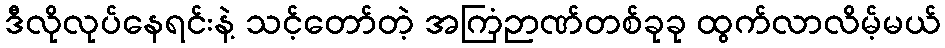
ဒီလိုလုပ်နေရင်းနဲ့ သင့်တော်တဲ့ အကြံဉာဏ်တစ်ခုခု ထွက်လာလိမ့်မယ်